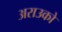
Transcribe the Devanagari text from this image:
अराउको